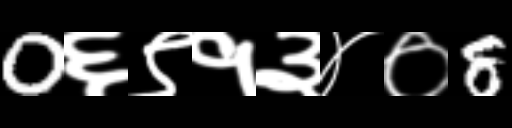
Text: 0६९१३४०8